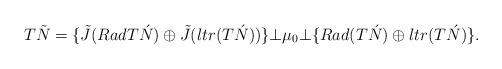
LaTeX: \begin{align*}T\tilde{N}=\{\tilde{J}(RadT\acute{N})\oplus \tilde{J}(ltr(T\acute{N}))\}\bot\mu _{0}\bot \{Rad(T\acute{N})\oplus ltr(T\acute{N})\}. \end{align*}